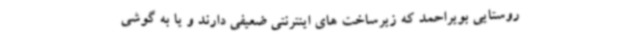
روستایی بویراحمد که زیرساخت های اینترنتی ضعیفی دارند و یا به گوشی